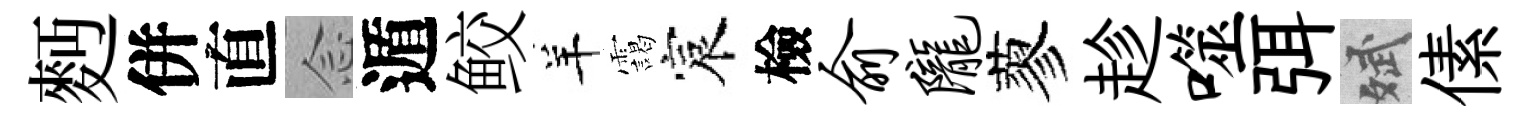
麪併直𫝹遁鲛羊靄宸檢俞陇蓼趁噬弭斌傃